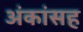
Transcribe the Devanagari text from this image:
अंकांसह